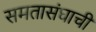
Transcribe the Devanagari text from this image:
समतासंघाची